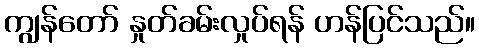
ကျွန်တော် နှုတ်ခမ်းလှုပ်ရန် ဟန်ပြင်သည်။